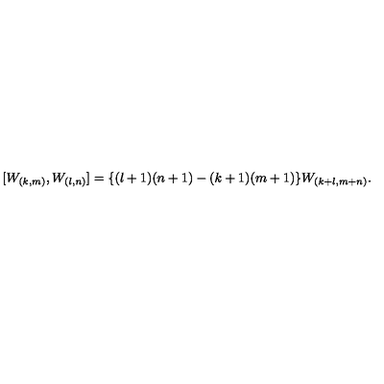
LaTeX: [ W _ { ( k , m ) } , W _ { ( l , n ) } ] = \{ ( l + 1 ) ( n + 1 ) - ( k + 1 ) ( m + 1 ) \} W _ { ( k + l , m + n ) } .